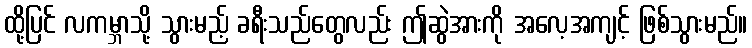
ထို့ပြင် လကမ္ဘာသို့ သွားမည့် ခရီးသည်တွေလည်း ဤဆွဲအားကို အလေ့အကျင့် ဖြစ်သွားမည်။